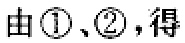
由\textcircled{1}、\textcircled{2}，得